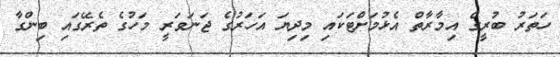
ހަތަރު ބުރީގެ އިމާރާތް އެޅުމަށްޓަކައި މިދިޔަ އަހަރުގެ ޖަނަވަރީ މަހުގެ ތެރޭގައި ބިންގާ